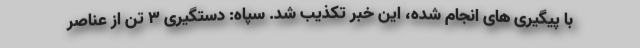
با پیگیری های انجام شده، این خبر تکذیب شد. سپاه: دستگیری ۳ تن از عناصر